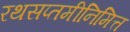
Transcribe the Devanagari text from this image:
रथसप्तमीनिमित्त